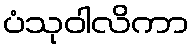
ပံသုဝါလိကာ